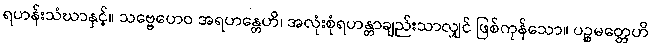
ရဟန်းသံဃာနှင့်။ သဗ္ဗေဟေဝ အရဟန္တေဟိ၊ အလုံးစုံရဟန္တာချည်းသာလျှင် ဖြစ်ကုန်သော။ ပဉ္စမတ္တေဟိ